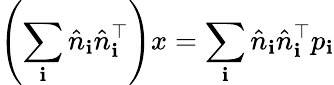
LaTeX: \left(\sum_{\mathbf{i}}{\hat{{n}}}_{\mathbf{i}}{\hat{{n}}}_{\mathbf{i}}^{\top}\right)x=\sum_{\mathbf{i}}{\hat{{n}}}_{\mathbf{i}}{\hat{{n}}}_{\mathbf{i}}^{\top}p_{\mathbf{i}}